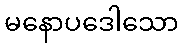
မနောပဒေါသော